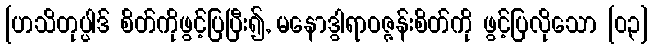
[ဟသိတုပ္ပါဒ် စိတ်ကိုဖွင့်ပြပြီး၍, မနောဒွါရာဝဇ္ဇန်းစိတ်ကို ဖွင့်ပြလိုသော [၀၃]